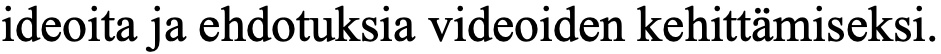
ideoita ja ehdotuksia videoiden kehittämiseksi.